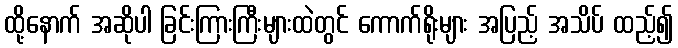
ထို့နောက် အဆိုပါ ခြင်းကြားကြီးများထဲတွင် ကောက်ရိုးများ အပြည့် အသိပ် ထည့်၍